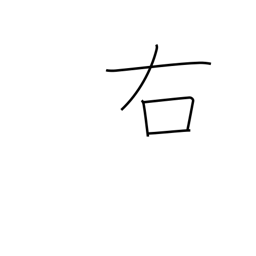
Meaning: right